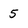
Character: 5